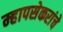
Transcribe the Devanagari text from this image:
म्हापसेकरांचे